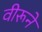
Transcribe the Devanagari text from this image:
वीरूने